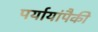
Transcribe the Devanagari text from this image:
पर्यायांपैकी